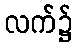
လက်၌